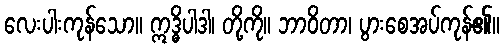
လေးပါးကုန်သော။ ဣဒ္ဓိပါဒါ၊ တို့ကို။ ဘာဝိတာ၊ ပွားစေအပ်ကုန်၏။